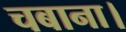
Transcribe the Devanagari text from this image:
चबाना।